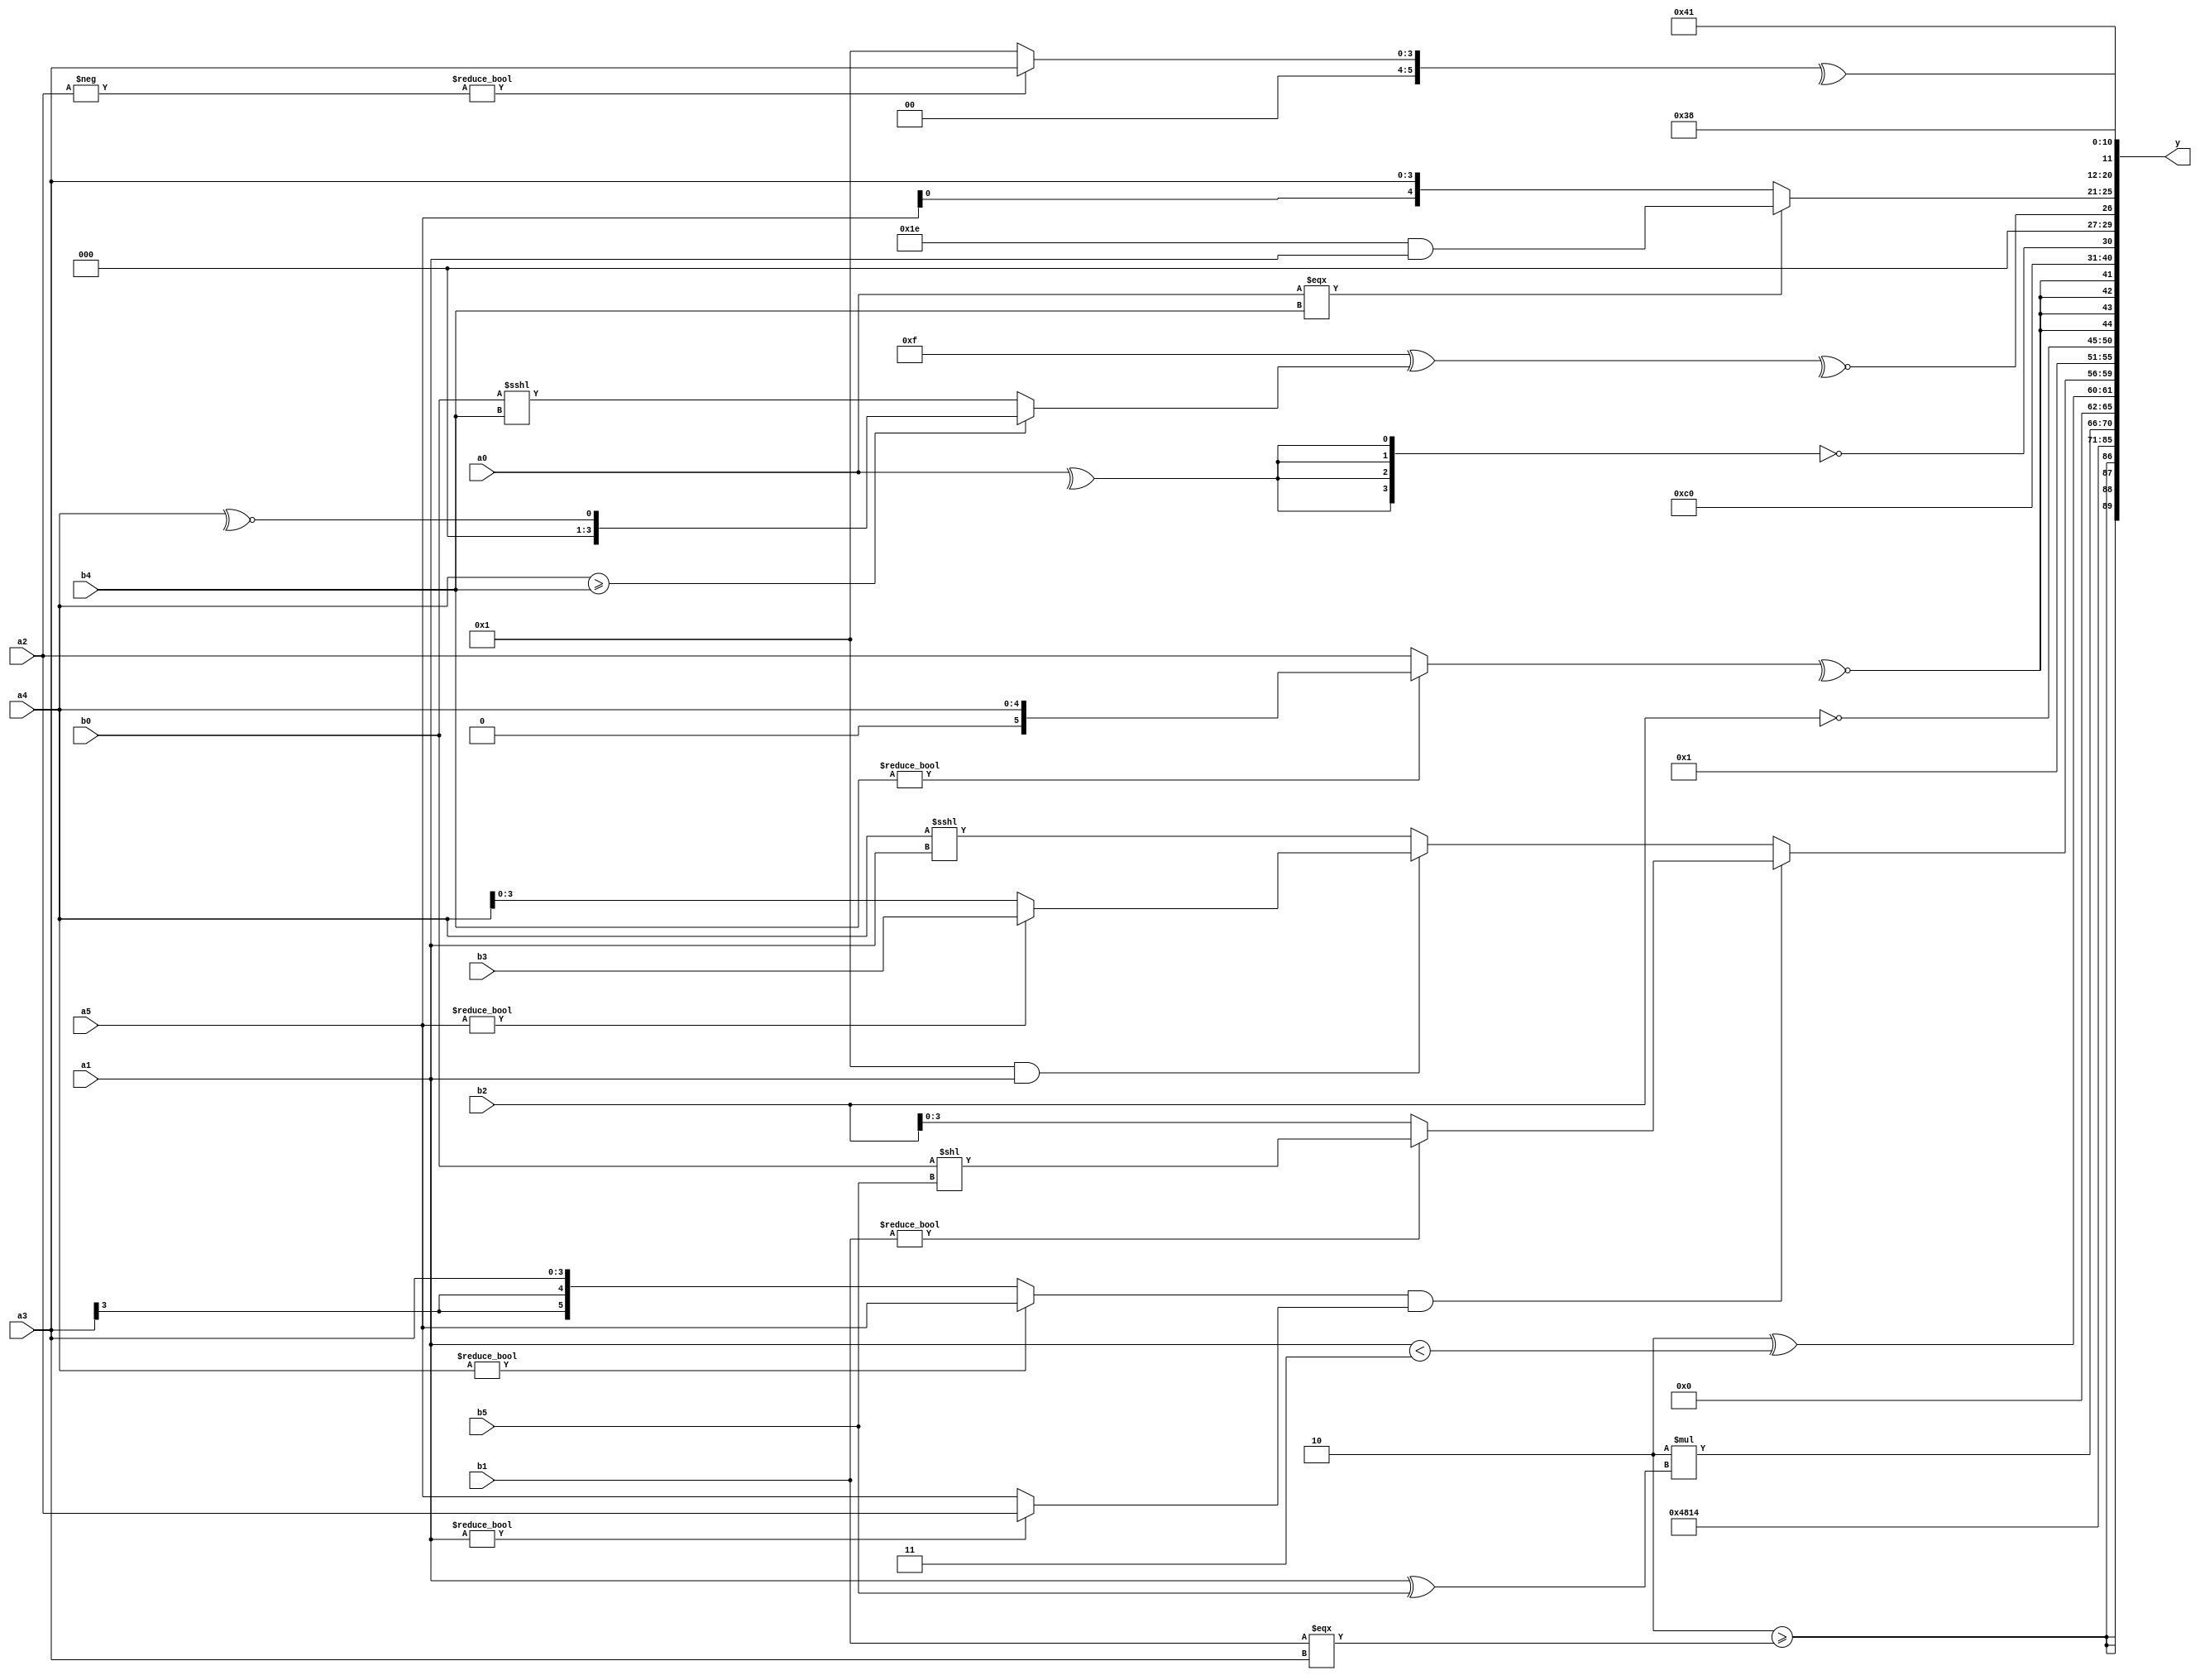
module expression_00361(a0, a1, a2, a3, a4, a5, b0, b1, b2, b3, b4, b5, y);
  input [3:0] a0;
  input [4:0] a1;
  input [5:0] a2;
  input signed [3:0] a3;
  input signed [4:0] a4;
  input signed [5:0] a5;

  input [3:0] b0;
  input [4:0] b1;
  input [5:0] b2;
  input signed [3:0] b3;
  input signed [4:0] b4;
  input signed [5:0] b5;

  wire [3:0] y0;
  wire [4:0] y1;
  wire [5:0] y2;
  wire signed [3:0] y3;
  wire signed [4:0] y4;
  wire signed [5:0] y5;
  wire [3:0] y6;
  wire [4:0] y7;
  wire [5:0] y8;
  wire signed [3:0] y9;
  wire signed [4:0] y10;
  wire signed [5:0] y11;
  wire [3:0] y12;
  wire [4:0] y13;
  wire [5:0] y14;
  wire signed [3:0] y15;
  wire signed [4:0] y16;
  wire signed [5:0] y17;

  output [89:0] y;
  assign y = {y0,y1,y2,y3,y4,y5,y6,y7,y8,y9,y10,y11,y12,y13,y14,y15,y16,y17};

  localparam [3:0] p0 = ((~^(5'd14))||(~|(3'sd1)));
  localparam [4:0] p1 = ((((3'd6)==(5'sd12))==((3'd0)<=(2'd0)))>=(((4'd12)/(-4'sd2))>>>((5'sd5)^(-3'sd1))));
  localparam [5:0] p2 = (-4'sd2);
  localparam signed [3:0] p3 = {1{((3'd0)?(-2'sd1):(2'sd0))}};
  localparam signed [4:0] p4 = {1{((5'd24)-(-3'sd1))}};
  localparam signed [5:0] p5 = ((-5'sd1)!==(3'sd2));
  localparam [3:0] p6 = (2'd3);
  localparam [4:0] p7 = {4{(2'd3)}};
  localparam [5:0] p8 = (((3'd6)-(-2'sd1))%(4'd0));
  localparam signed [3:0] p9 = ((((-2'sd0)<(-3'sd3))==((2'sd0)>(4'd4)))<=(((4'd0)||(-2'sd0))>=((-4'sd0)==(3'd4))));
  localparam signed [4:0] p10 = {{{1{(4'd7)}},(~&(-4'sd0))},({1{(-3'sd3)}}-{(4'sd7),(3'sd1),(-4'sd2)})};
  localparam signed [5:0] p11 = (+(4'd2));
  localparam [3:0] p12 = ((&((!(5'd0))!={1{(2'sd0)}}))>>>(((-4'sd3)>>>(2'd3))&&(3'd4)));
  localparam [4:0] p13 = (^((4'd2)^(-2'sd0)));
  localparam [5:0] p14 = ((4'd4)?(3'sd2):(-2'sd0));
  localparam signed [3:0] p15 = {(((3'd3)?(-5'sd12):(5'sd12))?(|(3'd7)):((-4'sd4)?(-3'sd3):(4'sd3)))};
  localparam signed [4:0] p16 = (4'd2 * (5'd8));
  localparam signed [5:0] p17 = {2{{1{(+(~^(-3'sd1)))}}}};

  assign y0 = $unsigned({4{($unsigned(p11)>=(b1===a3))}});
  assign y1 = (5'd18);
  assign y2 = (!p0);
  assign y3 = (3'd4);
  assign y4 = (5'd2 * $unsigned((a1^b5)));
  assign y5 = ({(p17?b3:p14)}^({a1}<(a5?p6:p6)));
  assign y6 = ((((a4?a5:a3))&&$signed((a1?a2:a5)))?($unsigned(b1)?(b0<<b5):$unsigned(b2)):((p15&&a1)?(a5?b3:a4):(a4<<<a1)));
  assign y7 = (~&(5'd21));
  assign y8 = (~b2);
  assign y9 = $signed((-(~^(~&(|$signed((~^{((4'sd1)?(b4?a4:a2):(5'sd6))})))))));
  assign y10 = (4'sd6);
  assign y11 = ((!({4{(^a0)}})));
  assign y12 = (|(~^((~(~|(5'd2 * p2)))^((a4>=b4)?(~^a4):(b0<<<b4)))));
  assign y13 = ((a0===b4)?(p2&a1):{a5,a3});
  assign y14 = (p1?p10:a0);
  assign y15 = (^((-a2)?(p8?a2:a3):(3'sd1)));
  assign y16 = (~^(-5'sd5));
  assign y17 = ($unsigned(p2)?(p9):(5'sd8));
endmodule